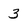
Character: 3